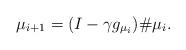
LaTeX: \begin{align*} \mu_{i+1} = (I - \gamma g_{\mu_i})\# \mu_i. \end{align*}